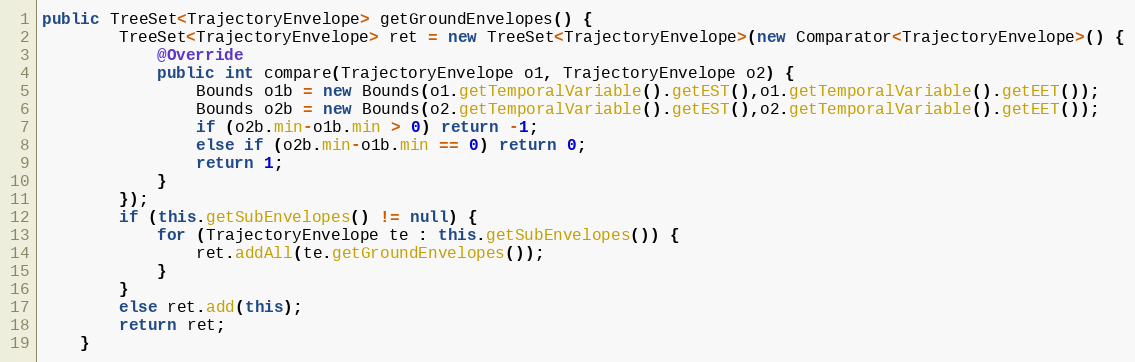
Language: Java
public TreeSet<TrajectoryEnvelope> getGroundEnvelopes() {
		TreeSet<TrajectoryEnvelope> ret = new TreeSet<TrajectoryEnvelope>(new Comparator<TrajectoryEnvelope>() {
			@Override
			public int compare(TrajectoryEnvelope o1, TrajectoryEnvelope o2) {
				Bounds o1b = new Bounds(o1.getTemporalVariable().getEST(),o1.getTemporalVariable().getEET());
				Bounds o2b = new Bounds(o2.getTemporalVariable().getEST(),o2.getTemporalVariable().getEET());
				if (o2b.min-o1b.min > 0) return -1;
				else if (o2b.min-o1b.min == 0) return 0;
				return 1;
			}
		});
		if (this.getSubEnvelopes() != null) {
			for (TrajectoryEnvelope te : this.getSubEnvelopes()) {
				ret.addAll(te.getGroundEnvelopes());
			}
		}
		else ret.add(this);
		return ret;
	}